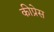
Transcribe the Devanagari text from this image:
कीप्रेस